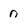
Character: n